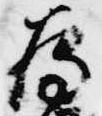
為